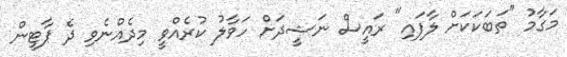
މަގާމު "ތަބަކަކަށް ލާފައި" ރައީސް ނަޝީދަށް ހަވާލު ކުރެއްވީ މިދެއްނެވި ދެ ޕާޓީން